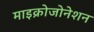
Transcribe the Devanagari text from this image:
माइक्रोजोनेशन